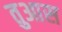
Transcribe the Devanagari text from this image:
तुआस